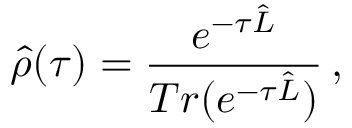
\hat { \rho } ( \tau ) = \frac { e ^ { - \tau \hat { L } } } { T r ( e ^ { - \tau \hat { L } } ) } \, ,